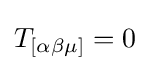
T_{[\alpha \beta \mu ]}=0